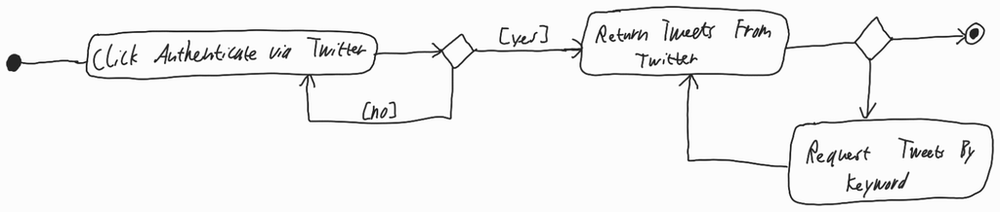
Diagram type: activity_diagram
```plantuml
@startuml

start

repeat:Click Authenticate via Twitter;
repeat while () is ([no]) not ([yes])

repeat:Return Tweets From Twitter;
backward:Request Tweets By Keyword;
repeat while

stop

@enduml
```